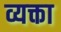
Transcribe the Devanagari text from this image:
व्यक्ता